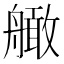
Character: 𦪧